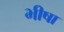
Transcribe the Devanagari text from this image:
भीषा